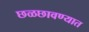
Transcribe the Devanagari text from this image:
छळछावण्यात